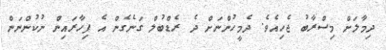
ދިމާލަށް މިސްރާބު ޖެހިއެވެ. ދެމީހުންނަށް ދެ ރެޑްބުލް ގަނެގެން އެ ފިހާރައިން ނުކުންނަން